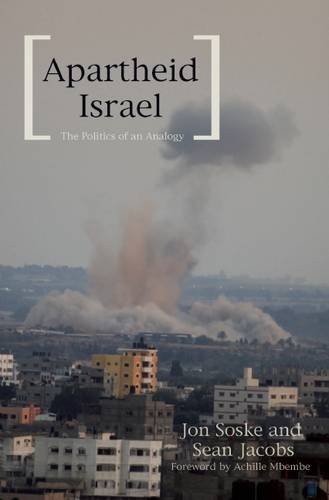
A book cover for Apartheid Israel: The Politics of an Analogy; History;